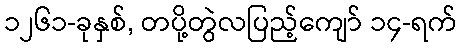
၁၂၆၁-ခုနှစ်, တပို့တွဲလပြည့်ကျော် ၁၄-ရက်